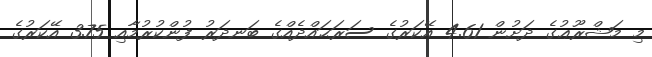
މި މަޝްރޫޢުގެ ދަށުން 4.61 އޭކަރުގެ ސަރަޙައްދެއްގެ ބަނދަރު ފުންކުރުމާއި 3.75 އޭކަރުގެ